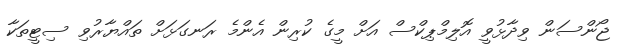
ޖޯންސަން ވިދާޅުވީ އޮލިމްޕިކްސް އަށް މީގެ ކުރިން އެންމެ ރަނގަޅަށް ތައްޔާރުވި ސިޓީތަކާ